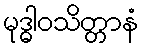
မုဒ္ဓါဝသိတ္တာနံ